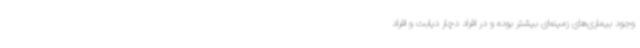
وجود بیماری‌های زمینه‌ای بیشتر بوده و در افراد دچار دیابت و افراد